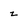
Character: 2